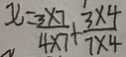
x = \frac { 3 \times 7 } { 4 \times 7 } + \frac { 3 \times 4 } { 7 \times 4 }